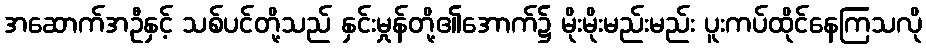
အဆောက်အဦနှင့် သစ်ပင်တို့သည် နှင်းမှုန်တို့၏အောက်၌ မိုးမိုးမည်းမည်း ပူးကပ်ထိုင်နေကြသလို